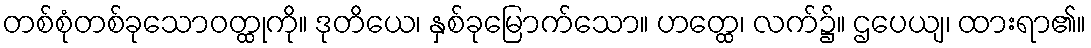
တစ်စုံတစ်ခုသောဝတ္ထုကို။ ဒုတိယေ၊ နှစ်ခုမြောက်သော။ ဟတ္ထေ၊ လက်၌။ ဌပေယျ၊ ထားရာ၏။